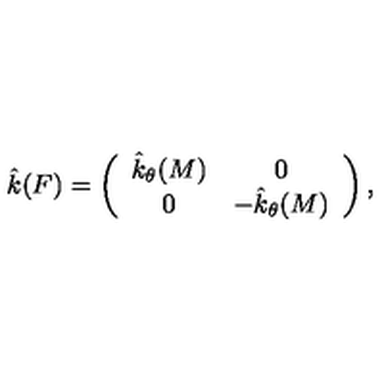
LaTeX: \hat { k } ( F ) = \left( \begin{array} { c c } { \hat { k } _ { \theta } ( M ) } & { 0 } \\ { 0 } & { - \hat { k } _ { \theta } ( M ) } \\ \end{array} \right) ,